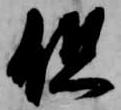
但